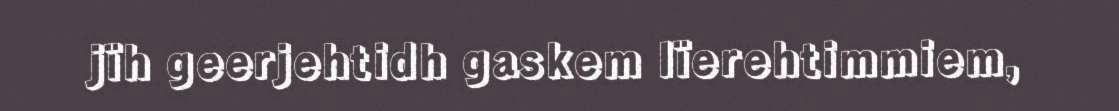
jïh geerjehtidh gaskem lïerehtimmiem,